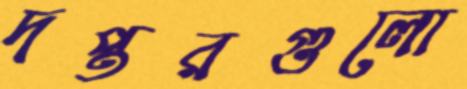
দপ্তরগুলো